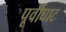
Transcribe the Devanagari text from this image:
पूर्वीघाट